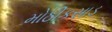
મોઠીકસાડ